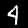
Digit: 4